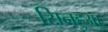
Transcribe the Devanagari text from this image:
सिनहुआ